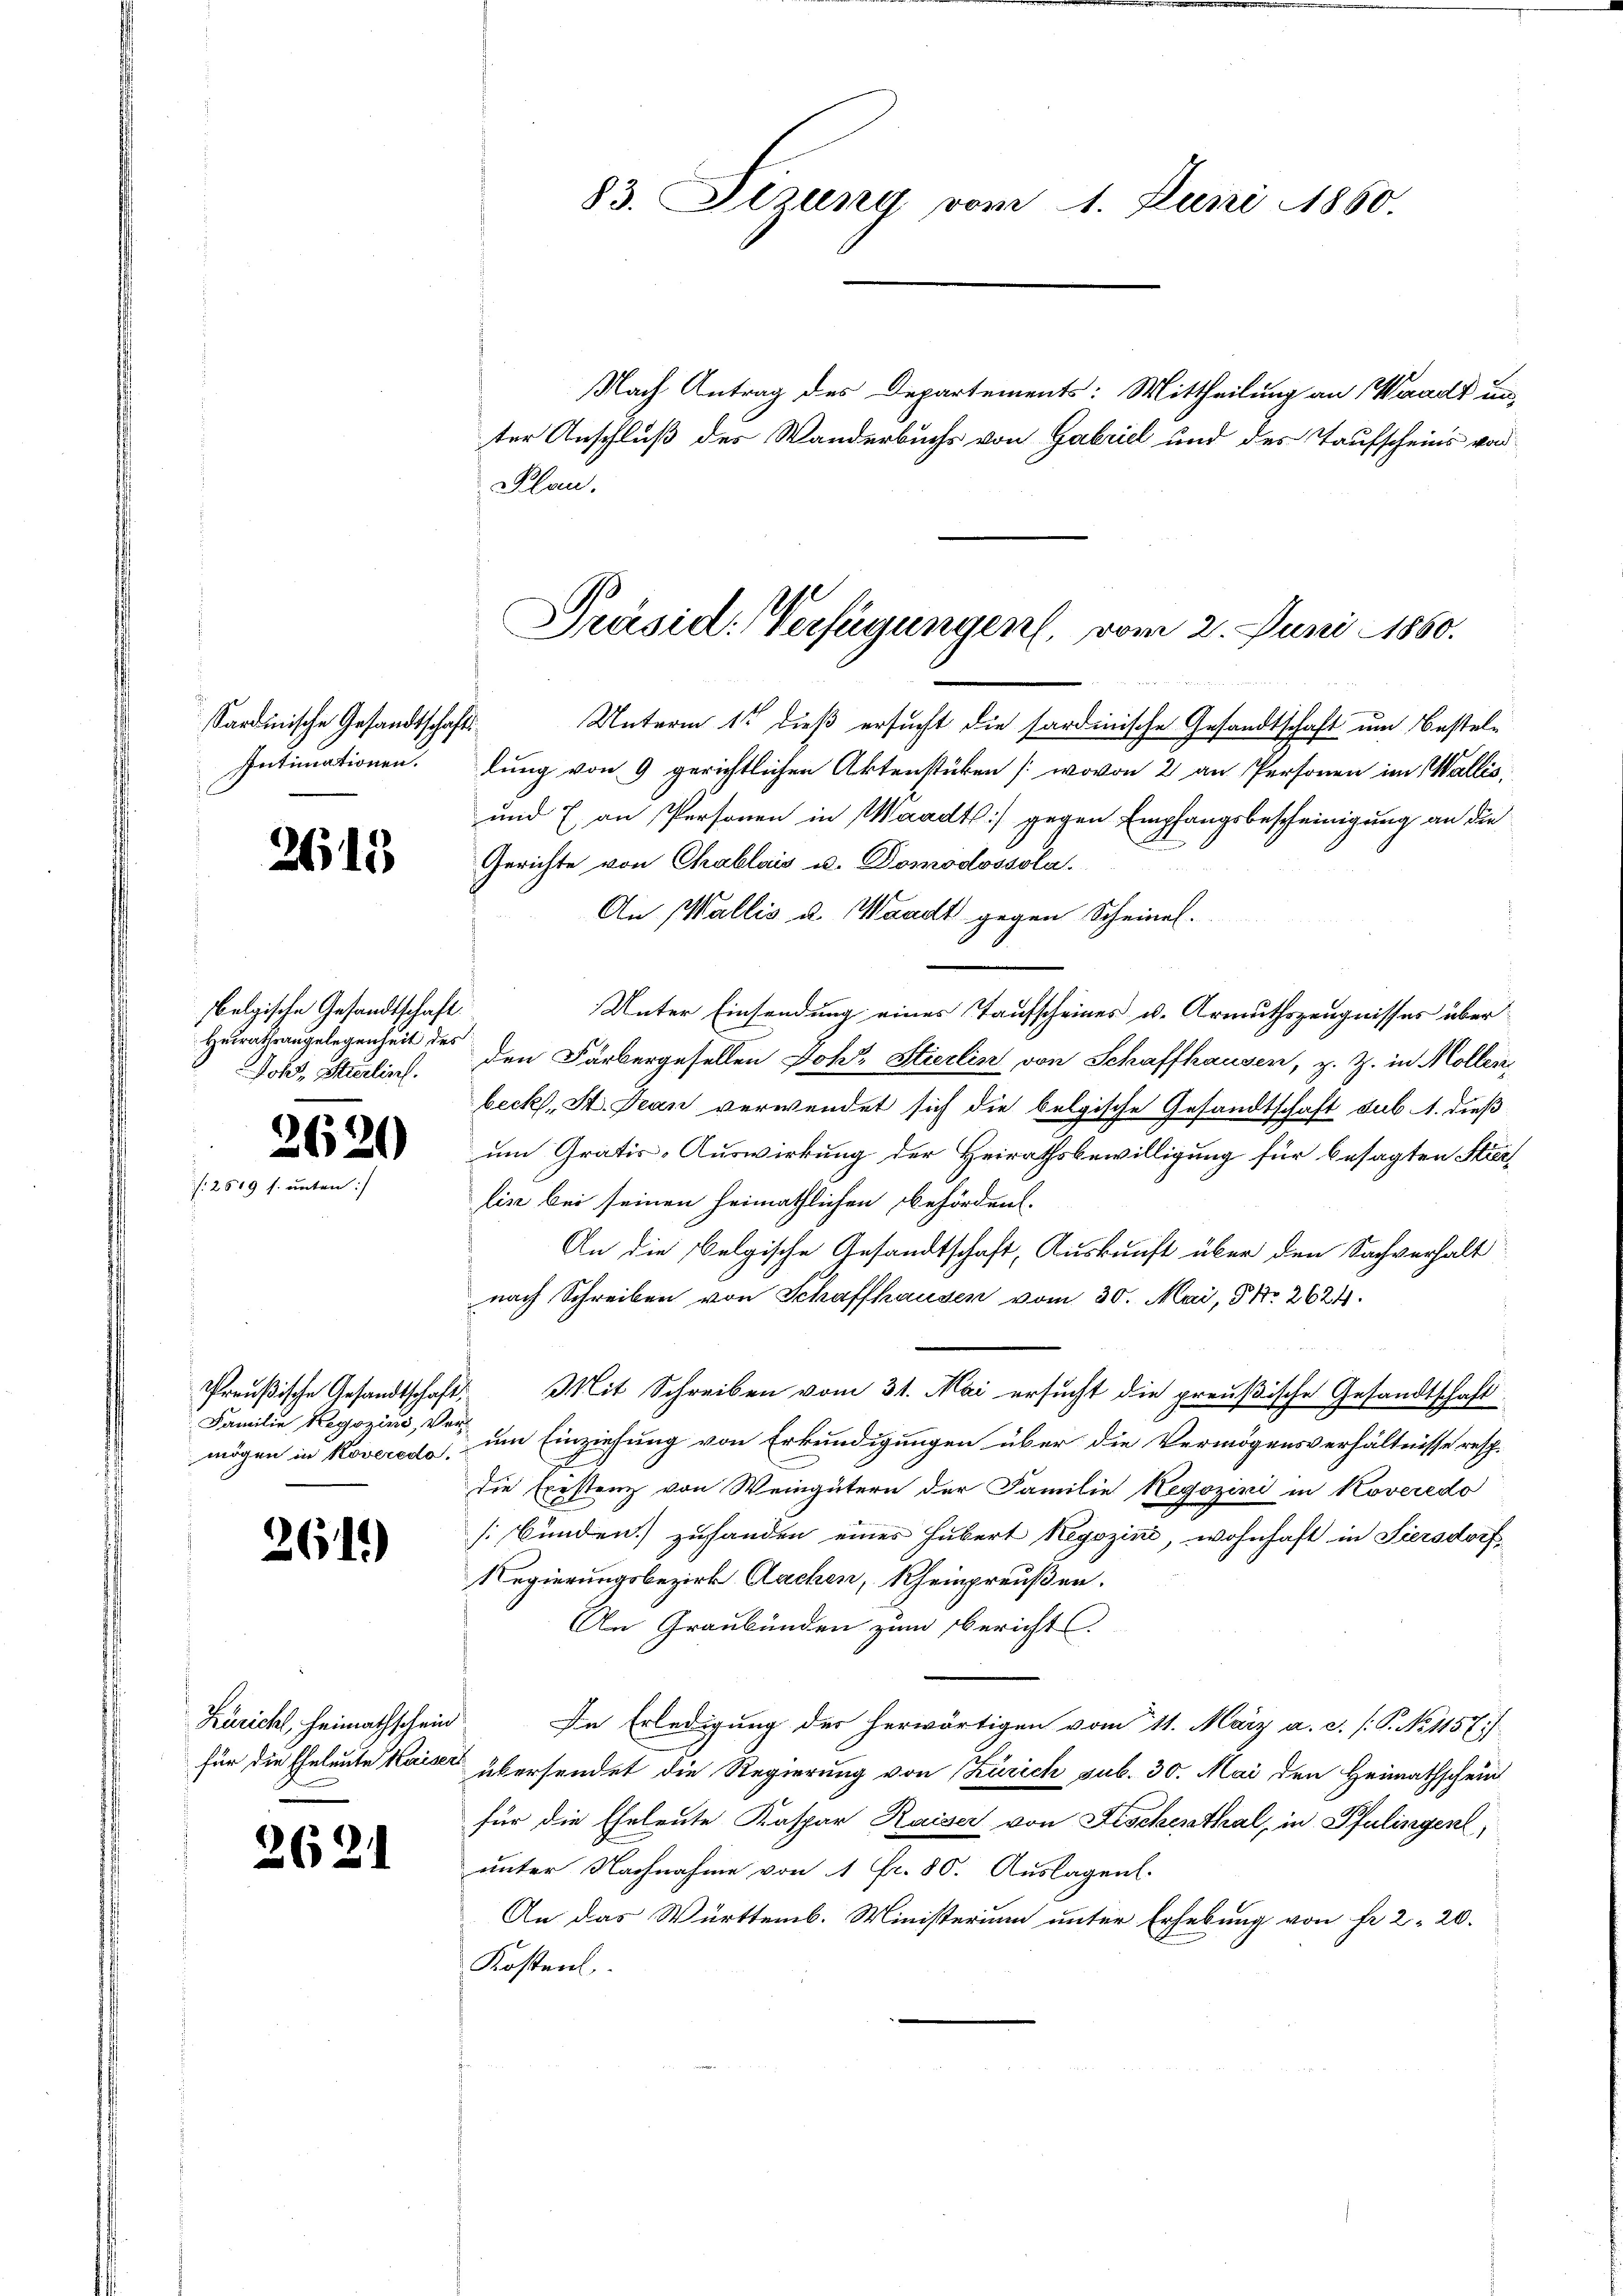
Sardinische Gesandtschafts
Intimationen.

2615)

belgische Gesandtschaft.
Heirathsangelegenheit des
Johs. Strelins.

2620
:2519 f. unten:/

Familie Regozins, Ver-
mögen in Koveredo,

2619)

Züricht, heimathschein
für die Eheleute Kaiser

2621

83. Sizung vom 1. Juni 1860.
Nach Antrag des Departements: Mittheilung an Waadt un
ter Anschluß des Wanderbuchs von Gabriel und des Taufscheins vor
Plan.

Präsid. Verfügungen, vom 2. Juni 1860.

Unterm 1ste dieß ersucht die sardinische Gesandtschaft um Bestel¬

lung von 9 gerichtlichen Aktenstücken (wovon 2 an Personen im Wallis,
und 7 an Personen in Waadt) gegen Empfangsbescheinigung an die
Gerichte von Chablais u. Domodossola.
An Wallis u. Waadt gegen Scheines.
Unter Einsendung eines Taufscheines u. Armuthszeugnisses überden Färbergesellen Joh. Stierlin von Schaffhausen, z. Z. in Mollen,
becks, St. Jean verwendet sich die belgische Gesandtschaft sub 1. dieß
um Gratis-Auswirkung der Heirathsbewilligung für besagten Stic
lise bei seinen heimathlichen Behördent.
An die Belgische Gesandtschaft, Auskunft über den Sachverhalt
nach Schreiben von Schaffhausen vom 30. Mai, 5 No 2624.
Preußische Gesandtschaft. Mit Schreiben vom 31. Mai ersucht die preußische Gesandtschaft
um Einziehung von Erkundigungen über die Vermögensverhältnisse resp.
die Exestenz von Weingütern der Familie Negozini in Koveredo
[bünden) zuhanden eines Hubert Regozin, wohnhaft in Siersdorf
Regierungsbezirk Aachen, Rheinpreußen.
An Graubünden zum Berichts¬
De Erledigung der herwärtigen vom 11. März a. c. P. No 1157)
übersendet die Regierung von Zürich sub. 30. Mai den Heimathschein
für die Eheleute Kaspar Kaiser von Fischenthal, in Pfulingen,
unter Nachnahme von 1 Fr. 80. Auslagen.
An das Württemb. Ministerium unter Erhebung von fr. 2. 20.
Kostent